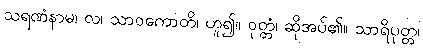
သရဏံနာမ၊ လ၊ သာဝကောတိ၊ ဟူ၍။ ဝုတ္တံ၊ ဆိုအပ်၏။ သာရိပုတ္တ၊